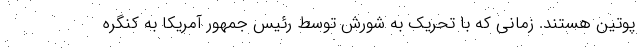
پوتین هستند. زمانی که با تحریک به شورش توسط رئیس جمهور آمریکا به کنگره